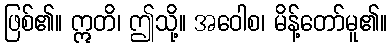
ဖြစ်၏။ ဣတိ၊ ဤသို့။ အဝေါစ၊ မိန့်တော်မူ၏။